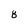
Character: 8